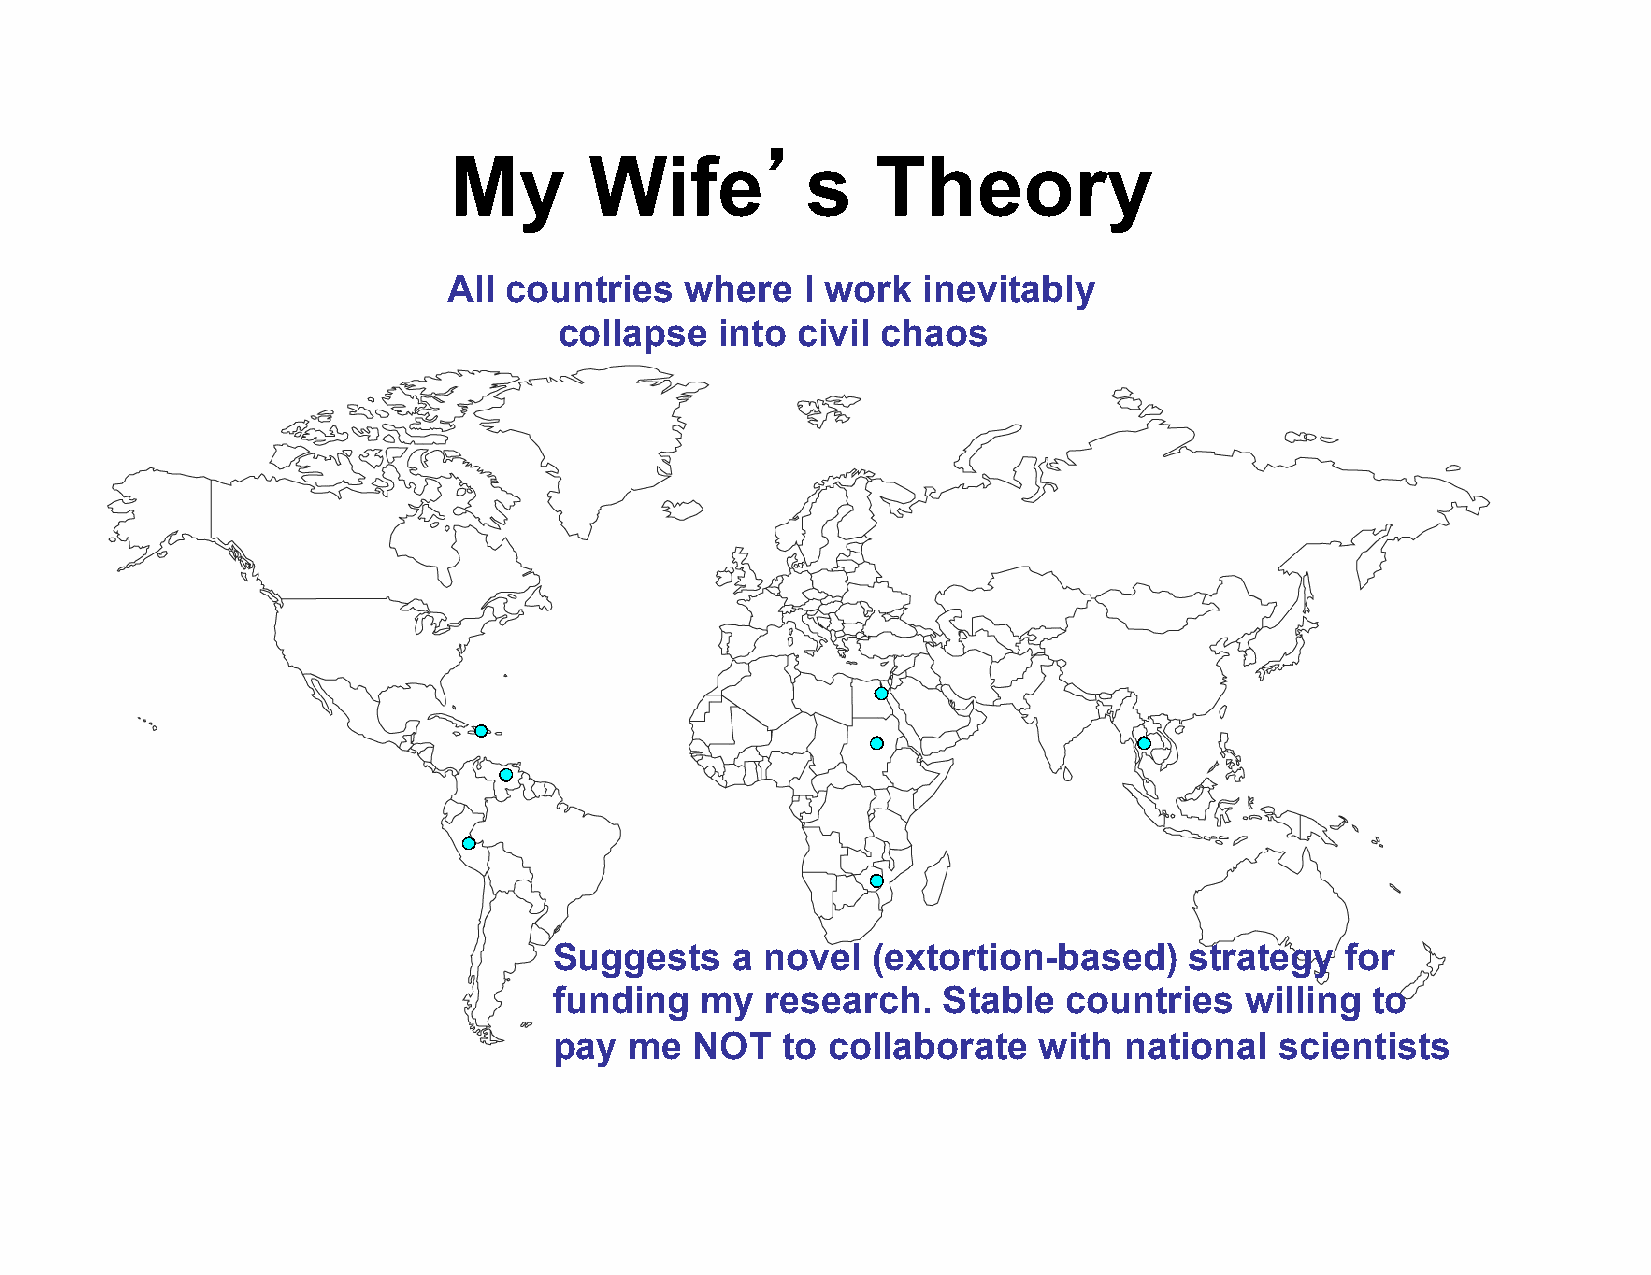
My       Wife’s             Theory
 All countries  where   I work  inevitably
 collapse   into civil chaos
 Suggests   a novel   (extortion-based)    strategy  for
 funding  my   research.  Stable   countries  willing  to
 pay  me  NOT   to collaborate   with national   scientists